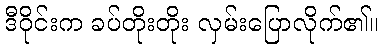
ဒီဝိုင်းက ခပ်တိုးတိုး လှမ်းပြောလိုက်၏။